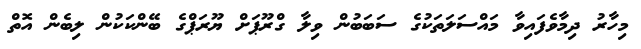
މިހާރު ދިމާވެފައިވާ މައްސަލަތަކުގެ ސަބަބުން ވިލާ ގްރޫޕަށް ޔޫރަޕްގެ ބޭންކަކުން ލިބެން އޮތް